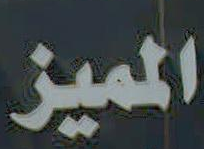
المميز